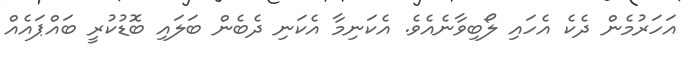
އަހަރުމެން ދެކެ އެހައި ލޯބިވާނެއެވެ. އެކަނިމާ އެކަނި ދެބެން ބަލައި ބޮޑުކުރީ ބައްޕައެއް